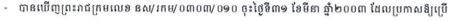
- បានឃើញព្រះរាជក្រមលេខ នស/រកម/០៣០៣/០១០ ចុះថ្ងៃទី៣១ ខែមីនា ឆ្នាំ២០០៣ ដែលប្រកាសឱ្យប្រើ